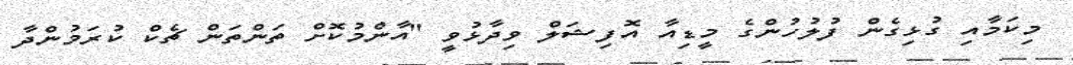
މިކަމާއި ގުޅިގެން ފުލުހުންގެ މީޑިއާ އޮފިޝަލް ވިދާޅުވީ "އާންމުކޮށް ތަންތަން ޗެކް ކުރަމުންދާ